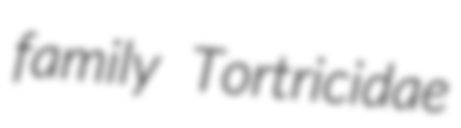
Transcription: family Tortricidae